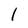
Character: l